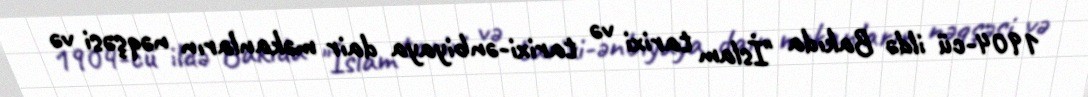
1904-cü ildə Bakıda "İslam tarixi və tarixi-ənbiyaya dair məkanların nəqşəsi və